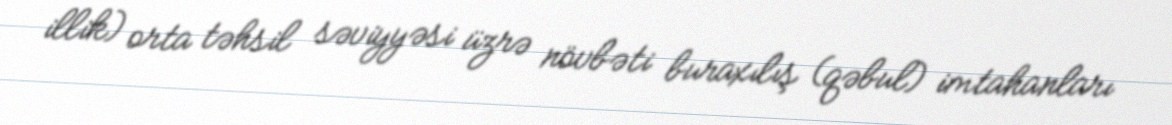
illik) orta təhsil səviyyəsi üzrə növbəti buraxılış (qəbul) imtahanları